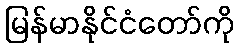
မြန်မာနိုင်ငံတော်ကို